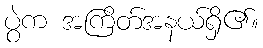
ပွဲက အကြိတ်အနယ်ရှိ၏။